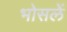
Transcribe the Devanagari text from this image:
भोसलें